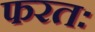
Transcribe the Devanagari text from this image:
फरतः